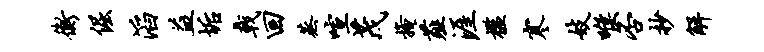
衡倔滔益垢戟回蒸喧茂掩薤涯槛寒妓喉否抄解